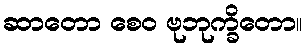
ဆာတော စေဝ ဗုဘုက္ခိတော။